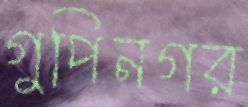
গুপিনগর